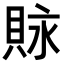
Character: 𧵾